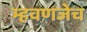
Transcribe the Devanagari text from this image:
म्हवणजेच